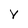
Character: y